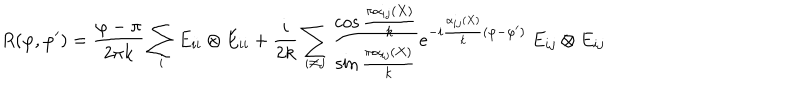
R ( \varphi , \varphi ^ { \prime } ) = \frac { \varphi - \pi } { 2 \pi k } \sum _ { i } E _ { i i } \otimes E _ { i i } + \frac { i } { 2 k } \sum _ { i \neq j } \frac { \cos { \frac { \pi \alpha _ { i j } ( X ) } { k } } } { \sin { \frac { \pi \alpha _ { i j } ( X ) } { k } } } e ^ { - i \frac { \alpha _ { i j } ( X ) } { k } ( \varphi - \varphi ^ { \prime } ) } ~ E _ { i j } \otimes E _ { i j }